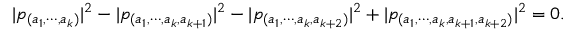
| p _ { ( a _ { 1 } , \cdots , a _ { k } ) } | ^ { 2 } - | p _ { ( a _ { 1 } , \cdots , a _ { k } , a _ { k + 1 } ) } | ^ { 2 } - | p _ { ( a _ { 1 } , \cdots , a _ { k } , a _ { k + 2 } ) } | ^ { 2 } + | p _ { ( a _ { 1 } , \cdots , a _ { k } , a _ { k + 1 } , a _ { k + 2 } ) } | ^ { 2 } = 0 .